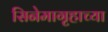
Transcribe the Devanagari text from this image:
सिनेमागृहाच्या